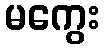
မကွေး